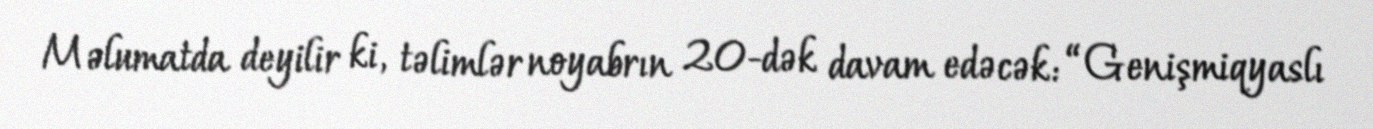
Məlumatda deyilir ki, təlimlər noyabrın 20-dək davam edəcək: “Genişmiqyaslı